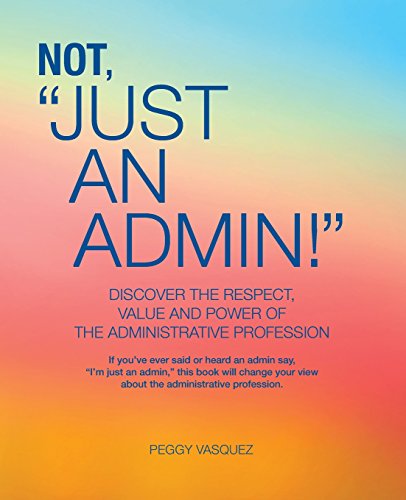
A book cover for Not "Just an Admin!"; Peggy Vasquez; Business & Money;